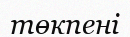
төкпені